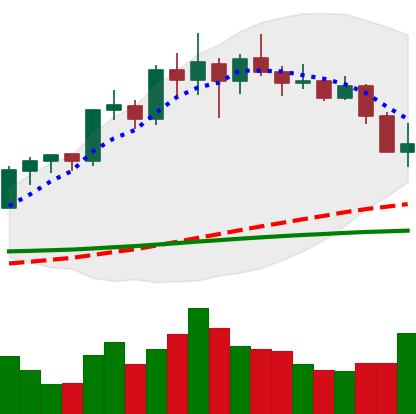
Ticker: LINK-USD
Chart end date: 2020-02-26
Forward return: 17.06%
Label: up_7plus